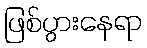
ဖြစ်ပွားနေရာ